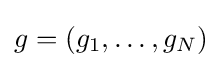
g=(g_{1},\dotsc ,g_{N})